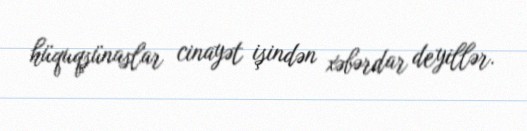
hüquqşünaslar cinayət işindən xəbərdar deyillər.